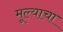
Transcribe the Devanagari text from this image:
मूल्याचा